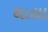
થાલા